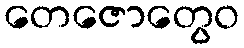
တေဇောတွေဝ